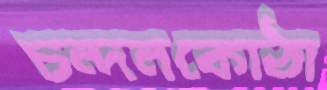
চন্দনকোঠা